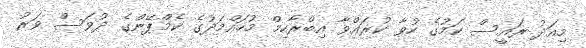
މިއަދު ރައީސް ކަމުގެ ހުވާ ކުރައްވާ އިބްރާހިމް މުހައްމަދުގެ ކެމްޕޭންގެ ދުވަސް ވަރު